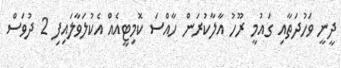
ދީނީ ވަހުދަތާއި ގައުމީ ރޫހު އާލާކުރަން ހާއްސަ ކޮމިޓީއެއް އެކުލަވާލައިފި 2 ދުވަސް